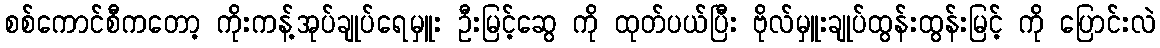
စစ်ကောင်စီကတော့ ကိုးကန့်အုပ်ချုပ်ရေမှူး ဦးမြင့်ဆွေ ကို ထုတ်ပယ်ပြီး ဗိုလ်မှူးချုပ်ထွန်းထွန်းမြင့် ကို ပြောင်းလဲ